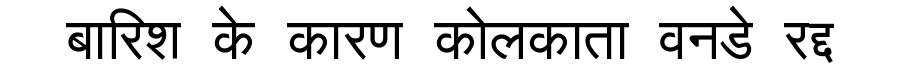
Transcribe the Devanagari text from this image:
बारिश के कारण कोलकाता वनडे रद्द